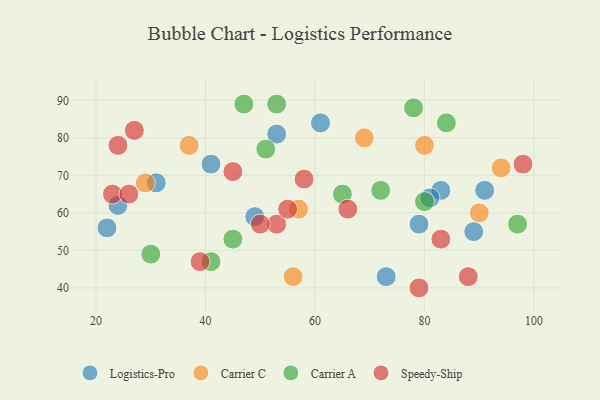
{"axis": {"x": "GDP", "y": "Life Expectancy"}, "legend": ["Carrier A", "Carrier C", "Logistics-Pro", "Speedy-Ship"], "data": [{"x": "31", "y": 68, "type": "Logistics-Pro"}, {"x": "24", "y": 62, "type": "Logistics-Pro"}, {"x": "73", "y": 43, "type": "Logistics-Pro"}, {"x": "61", "y": 84, "type": "Logistics-Pro"}, {"x": "83", "y": 66, "type": "Logistics-Pro"}, {"x": "91", "y": 66, "type": "Logistics-Pro"}, {"x": "79", "y": 57, "type": "Logistics-Pro"}, {"x": "22", "y": 56, "type": "Logistics-Pro"}, {"x": "41", "y": 73, "type": "Logistics-Pro"}, {"x": "53", "y": 81, "type": "Logistics-Pro"}, {"x": "81", "y": 64, "type": "Logistics-Pro"}, {"x": "89", "y": 55, "type": "Logistics-Pro"}, {"x": "49", "y": 59, "type": "Logistics-Pro"}, {"x": "37", "y": 78, "type": "Carrier C"}, {"x": "57", "y": 61, "type": "Carrier C"}, {"x": "56", "y": 43, "type": "Carrier C"}, {"x": "94", "y": 72, "type": "Carrier C"}, {"x": "80", "y": 78, "type": "Carrier C"}, {"x": "29", "y": 68, "type": "Carrier C"}, {"x": "90", "y": 60, "type": "Carrier C"}, {"x": "69", "y": 80, "type": "Carrier C"}, {"x": "97", "y": 57, "type": "Carrier A"}, {"x": "78", "y": 88, "type": "Carrier A"}, {"x": "80", "y": 63, "type": "Carrier A"}, {"x": "72", "y": 66, "type": "Carrier A"}, {"x": "41", "y": 47, "type": "Carrier A"}, {"x": "30", "y": 49, "type": "Carrier A"}, {"x": "51", "y": 77, "type": "Carrier A"}, {"x": "84", "y": 84, "type": "Carrier A"}, {"x": "65", "y": 65, "type": "Carrier A"}, {"x": "47", "y": 89, "type": "Carrier A"}, {"x": "53", "y": 89, "type": "Carrier A"}, {"x": "45", "y": 53, "type": "Carrier A"}, {"x": "27", "y": 82, "type": "Speedy-Ship"}, {"x": "53", "y": 57, "type": "Speedy-Ship"}, {"x": "83", "y": 53, "type": "Speedy-Ship"}, {"x": "66", "y": 61, "type": "Speedy-Ship"}, {"x": "98", "y": 73, "type": "Speedy-Ship"}, {"x": "55", "y": 61, "type": "Speedy-Ship"}, {"x": "39", "y": 47, "type": "Speedy-Ship"}, {"x": "79", "y": 40, "type": "Speedy-Ship"}, {"x": "58", "y": 69, "type": "Speedy-Ship"}, {"x": "45", "y": 71, "type": "Speedy-Ship"}, {"x": "23", "y": 65, "type": "Speedy-Ship"}, {"x": "88", "y": 43, "type": "Speedy-Ship"}, {"x": "24", "y": 78, "type": "Speedy-Ship"}, {"x": "50", "y": 57, "type": "Speedy-Ship"}, {"x": "26", "y": 65, "type": "Speedy-Ship"}]}